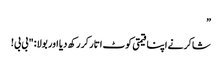
”
شاکر نے اپنا قیمتی کوٹ اتار کر رکھ دیا اور بولا: "بی بی!